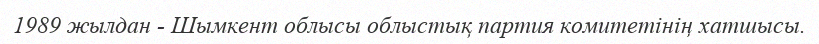
1989 жылдан - Шымкент облысы облыстық партия комитетінің хатшысы.